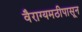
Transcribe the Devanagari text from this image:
वैराग्यमठीपासून